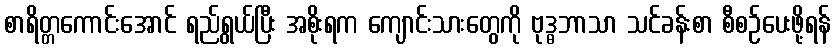
စာရိတ္တကောင်းအောင် ရည်ရွယ်ပြီး အစိုးရက ကျောင်းသားတွေကို ဗုဒ္ဓဘာသာ သင်ခန်းစာ စီစဉ်ပေးဖို့ရန်